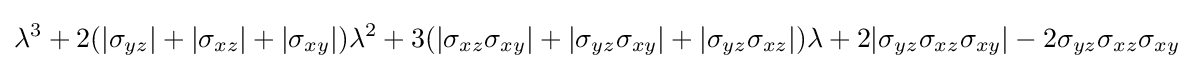
\lambda ^{3}+2(|\sigma _{yz}|+|\sigma _{xz}|+|\sigma _{xy}|)\lambda ^{2}+3(|\sigma _{xz}\sigma _{xy}|+|\sigma _{yz}\sigma _{xy}|+|\sigma _{yz}\sigma _{xz}|)\lambda +2|\sigma _{yz}\sigma _{xz}\sigma _{xy}|-2\sigma _{yz}\sigma _{xz}\sigma _{xy}